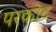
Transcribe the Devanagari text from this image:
परकाेट